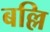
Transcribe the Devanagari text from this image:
बल्लि